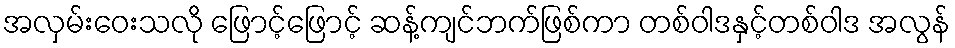
အလှမ်းဝေးသလို ဖြောင့်ဖြောင့် ဆန့်ကျင်ဘက်ဖြစ်ကာ တစ်ဝါဒနှင့်တစ်ဝါဒ အလွန်